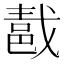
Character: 𨛚